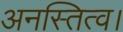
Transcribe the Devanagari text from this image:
अनस्तित्व।